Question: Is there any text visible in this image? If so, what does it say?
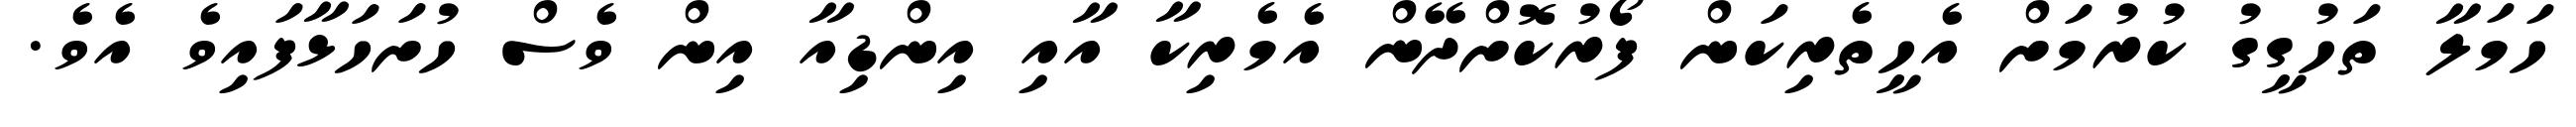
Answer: ހަމަލާ ތަހުގީގު ކުރުމަށް އެހީތެރިކަން ފޯރުކޮށްދޭން އެމެރިކާ އާއި އިންޑިއާ އިން ވެސް ހުށަހަޅާފައިވެ އެވެ.